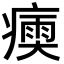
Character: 𤹶